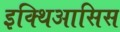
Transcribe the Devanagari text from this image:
इक्थिआसिस